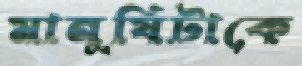
মানুষিটাকে